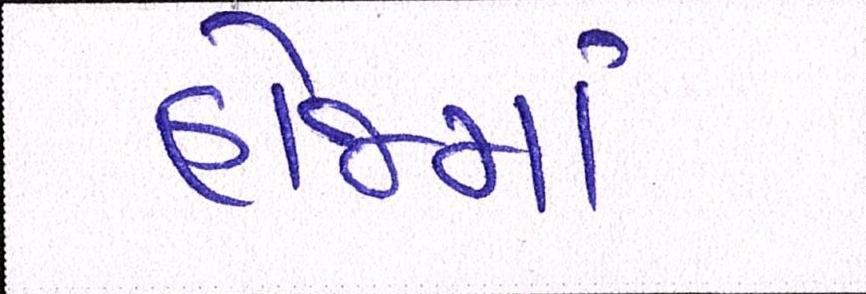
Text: હોજમાં